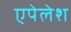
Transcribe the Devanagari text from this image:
एपेलेश